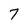
Character: 7